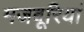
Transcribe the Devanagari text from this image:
मजबूरियां